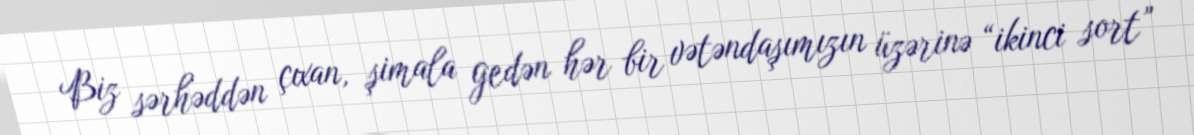
Biz sərhəddən çıxan, şimala gedən hər bir vətəndaşımızın üzərinə “ikinci sort”